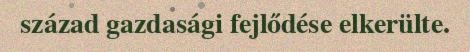
század gazdasági fejlődése elkerülte.